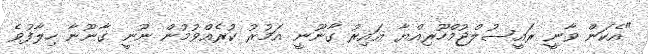
"އެކަން ވާނީ ރައީސުލްޖުމްހޫރިއްޔާ ޣައިރު ގާނޫނީ އަމުރު ކުރެއްވުމުން ނޫނީ ގާނޫނާ ހިލާފުވެ